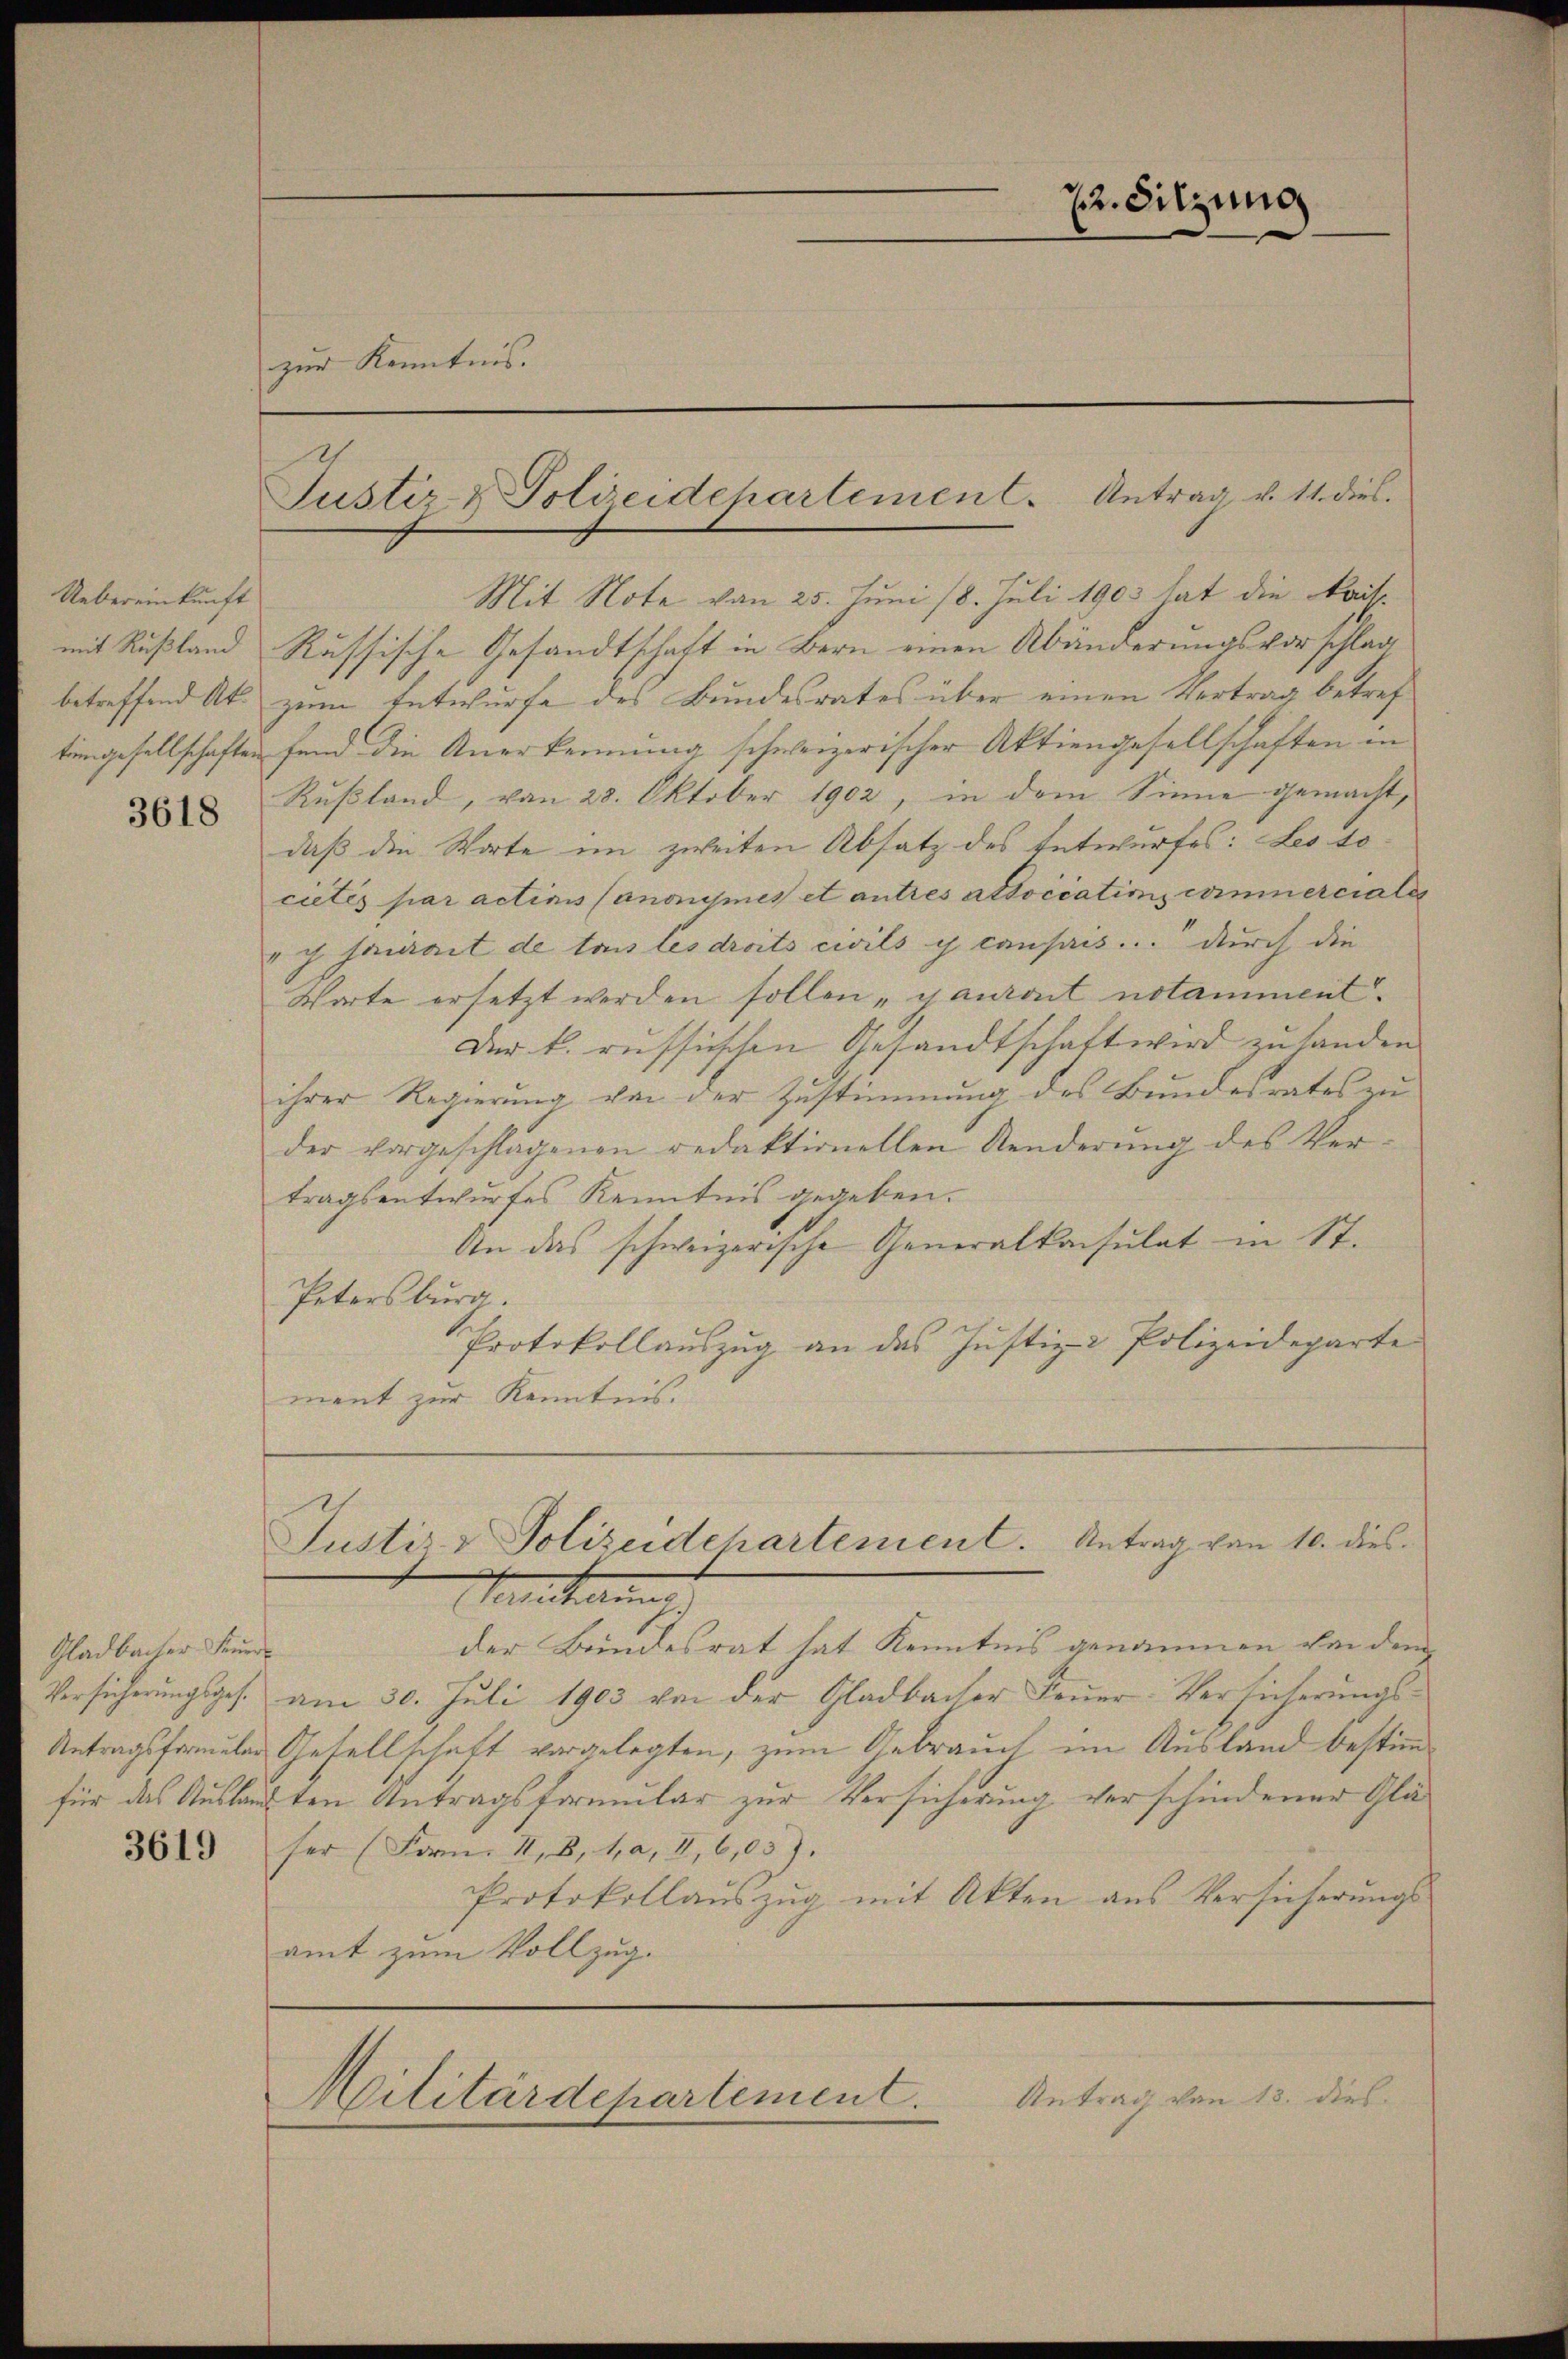
Uebereinkunft
tingesellschaften

3618

Gladbacher Feuer

3619

zur Kenntnis.

Justiz & Polizeidepartement. Antrag u. 11. dies

Mit Note von 25. Juni 18. Juli 1903 hat die Kais
mit Rußland Russische Gesandtschaft in Bern einen Abänderungsvorschlag
betreffend At. zum Entwurfe des Bundesrates über einen Vertrag betreffend die Anerkennung schweizerischer Aktiengesellschaften in
Rußland, von 28. Oktober 1902, in dem Sinne gemacht,
daß die Worte im zweiten Absatz des Entwurfes: Les tocietés par actions Canonymes et antres attociatio commerciales
v saurait de tous les droits civils y consis ... durch die
Worte ersetzt werden sollen „gauront notamment.
Der k. russischen Gesandtschaft wird zu handen.
ihrer Regierung von der Zustimmung des Bundesrates zu
der vorgeschlagenen redaktionellen Aenderŭng des Ver-
tragsentwurfes Kenntnis gegeben.
An das schweizerische Generalkonsulat in St.
Petersburg.
Protokollaŭszŭg an das Justiz- & Polizeideparte
ment zur Kenntnis.

der Bundesrat hat Kenntnis genommen von dem
Versicherungsges. am 30. Juli 1903 von der Gladbacher Feuer-Versicherungs¬
Antragsformeler Gesellschaft vorgelegten, zum Gebrauch im Ausland bestimfür das Auslauften Antragsformular zur Versicherung verschiedener Gläser (Form I, 8, 1, a, II, 6,05).
Protokollaŭszŭg mit Akten aus Versicherŭngs-
amt zum Vollzug.

22. Sitzung

Justiz & Polizeidehartement. Antrag von 10. dieseatharin

Militärdepartement.

Antrag von

13. dies